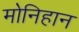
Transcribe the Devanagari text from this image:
मोनिहान